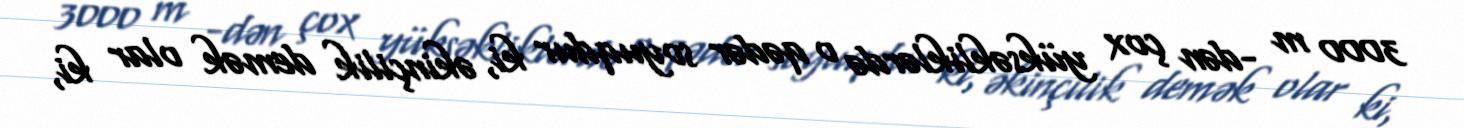
3000 m -dən çox yüksəkliklərdə o qədər soyuqdur ki, əkinçilik demək olar ki,